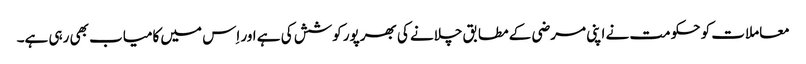
معاملات کو حکومت نے اپنی مرضی کے مطابق چلانے کی بھرپور کوشش کی ہے اور اِس میں کامیاب بھی رہی ہے۔